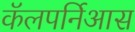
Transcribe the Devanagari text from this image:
कॅलपर्निआस